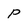
Character: P